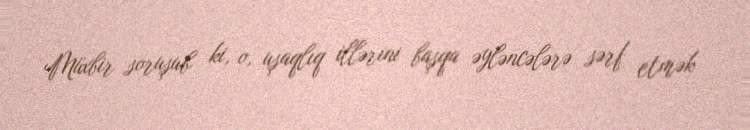
Müxbir soruşub ki, o, uşaqlıq illərini başqa əyləncələrə sərf etmək